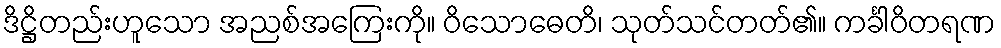
ဒိဋ္ဌိတည်းဟူသော အညစ်အကြေးကို။ ဝိသောဓေတိ၊ သုတ်သင်တတ်၏။ ကင်္ခါဝိတရဏ